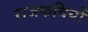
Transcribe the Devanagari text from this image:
राजकवियों